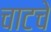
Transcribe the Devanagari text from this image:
चाटचे